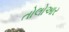
તોલોઆર